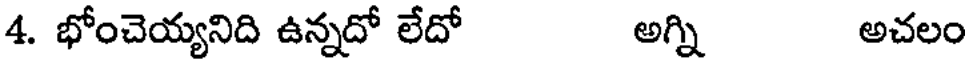
4. భోంచెయ్యనిది ఉన్నదో లేదో అగ్ని అచలం